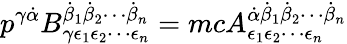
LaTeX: p^{\gamma{\dot{\alpha}}}B_{\gamma\epsilon_{1}\epsilon_{2}\cdots\epsilon_{n}}^{{\dot{\beta}}_{1}{\dot{\beta}}_{2}\cdots{\dot{\beta}}_{n}}=mcA_{\epsilon_{1}\epsilon_{2}\cdots\epsilon_{n}}^{{\dot{\alpha}}{\dot{\beta}}_{1}{\dot{\beta}}_{2}\cdots{\dot{\beta}}_{n}}